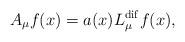
LaTeX: \begin{align*}A_{\mu}f(x)=a(x) L_{\mu}^{\rm dif}f(x),\end{align*}